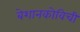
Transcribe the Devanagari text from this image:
बेशानकोविची